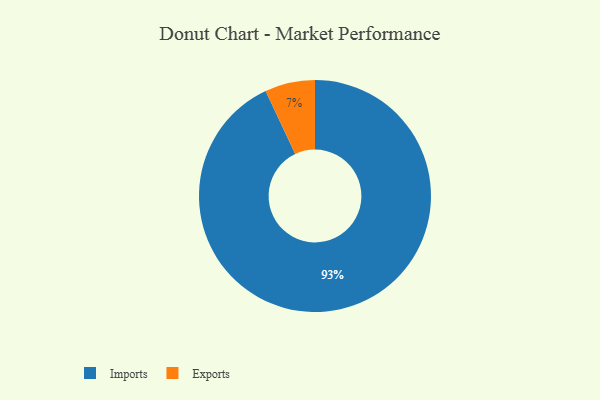
{"axis": {"x": "Category", "y": "Percentage"}, "legend": ["Exports", "Imports"], "data": [{"x": "Imports", "y": 93, "type": "Imports"}, {"x": "Exports", "y": 7, "type": "Exports"}]}